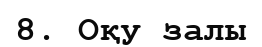
8. Оқу залы